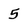
Character: 5